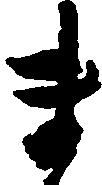
ま